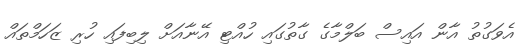
އެވަގުތު އާން އައިސް ބަލްމާގެ ގާތުގައި ހުއްޓި އޭނާއަށް ލިބިފައި ހުރި ޒަހަމްތައް